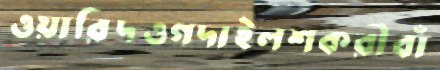
ওয়ারিদওগদাইলশকরীবাঁ